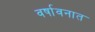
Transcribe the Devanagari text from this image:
वर्षावनात